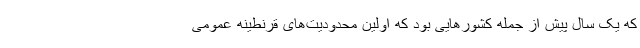
که یک سال پیش از جمله کشورهایی بود که اولین محدودیت‌های قرنطینه عمومی